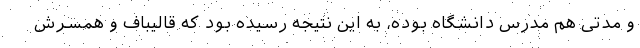
و مدتی هم مدرس دانشگاه بوده، به این نتیجه رسیده بود که قالیباف و همسرش